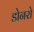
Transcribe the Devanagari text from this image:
डोनरो